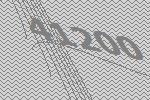
41200